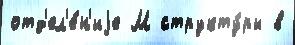
отд'ел'е́н'иjе М структу́ры в